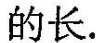
的长.